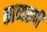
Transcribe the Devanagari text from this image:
काव्यरूपी